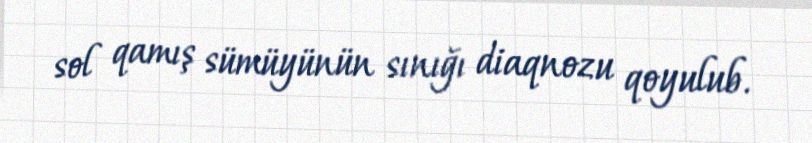
sol qamış sümüyünün sınığı diaqnozu qoyulub.